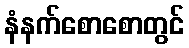
နံနက်စောစောတွင်